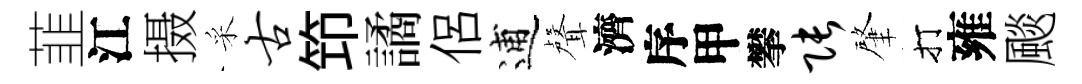
韮江摄采古笻譎侣逋聲濟序甲攀张肇打雍颷